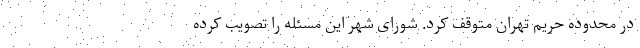
در محدوده حریم تهران متوقف کرد. شورای شهر این مسئله را تصویب کرده